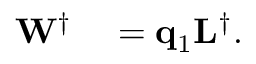
\begin{array} { r l } { \mathbf { W } ^ { \dagger } } & { { } = \mathbf { q } _ { 1 } \mathbf { L } ^ { \dagger } . } \end{array}